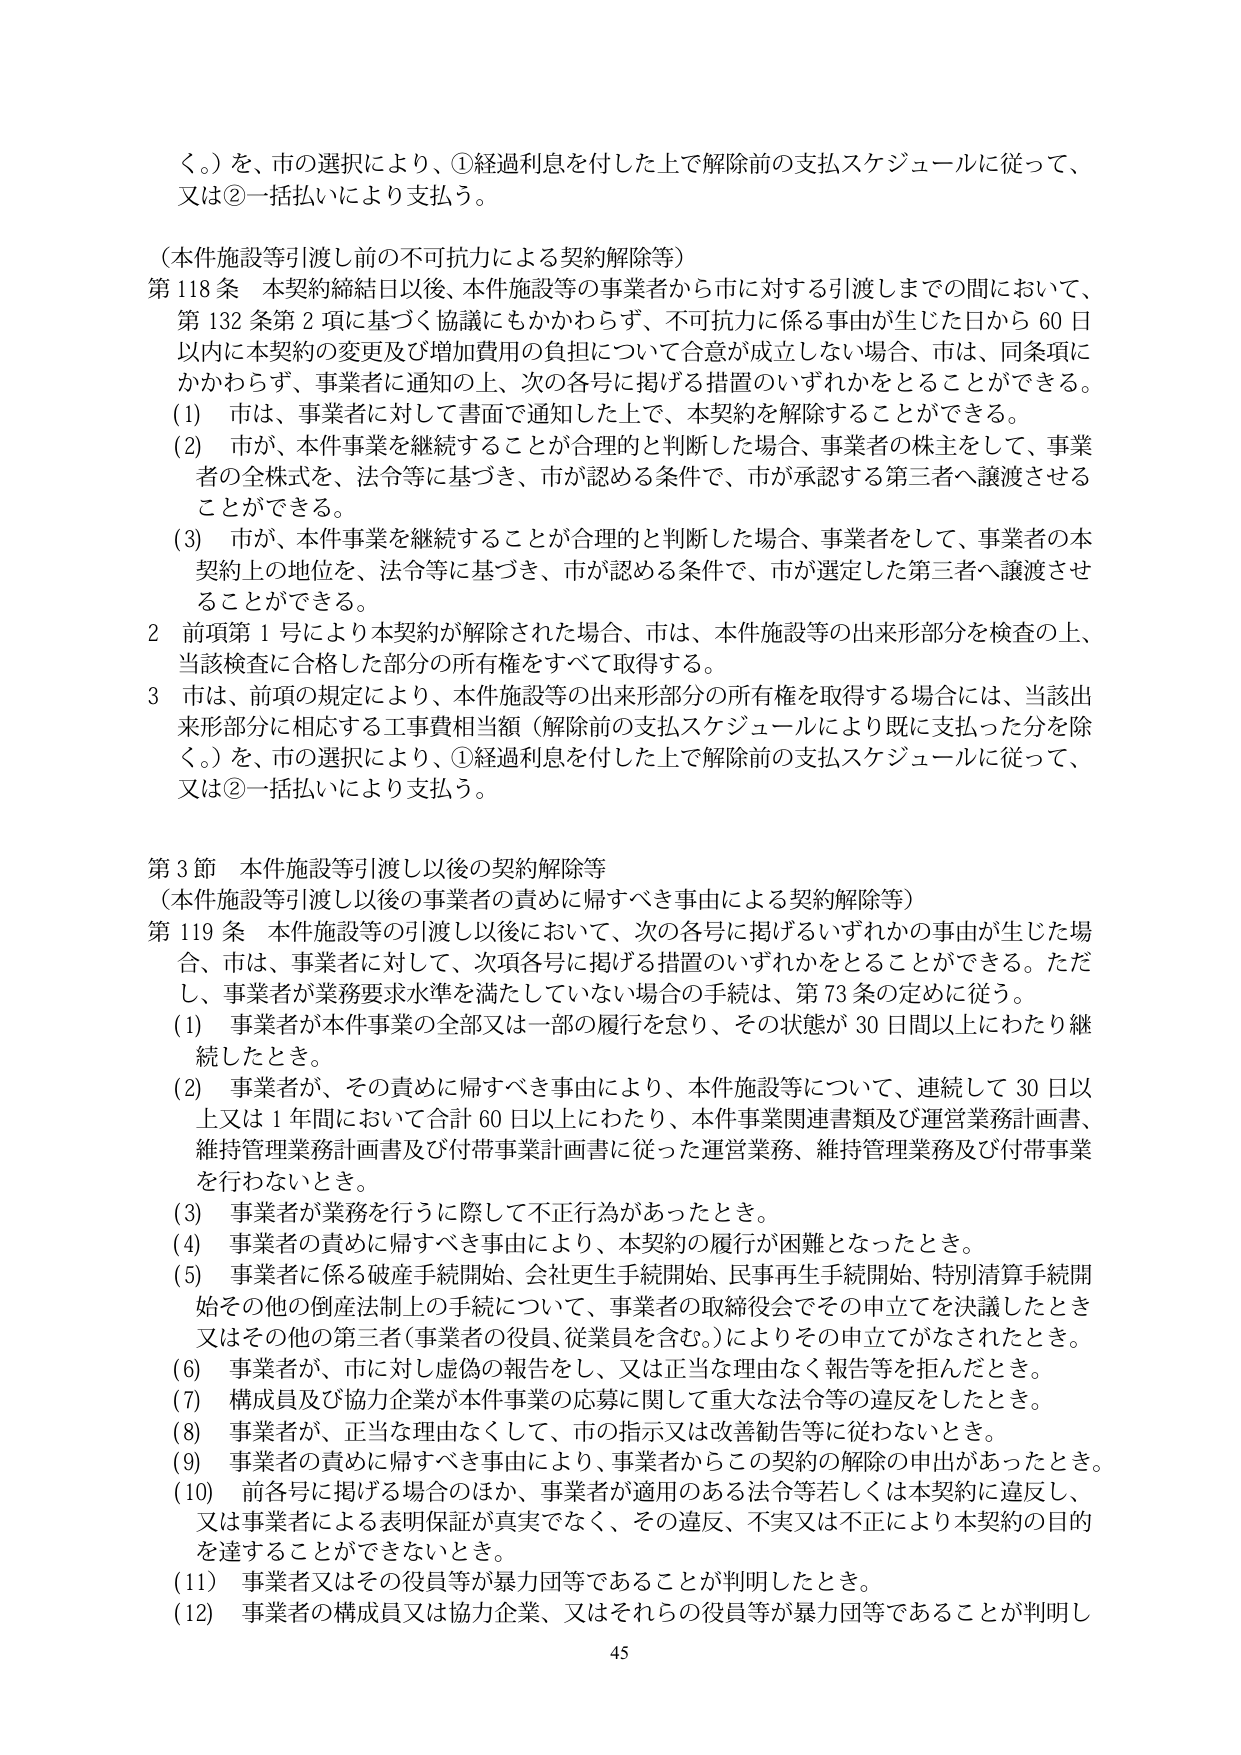
く。）を、市の選択により、①経過利息を付した上で解除前の支払スケジュールに従って、
又は②一括払いにより支払う。

（本件施設等引渡し前の不可抗力による契約解除等）
第118条 本契約締結日以後、本件施設等の事業者から市に対する引渡しまでの間において、
第132条第2項に基づく協議にもかかわらず、不可抗力に係る事由が生じた日から60日
以内に本契約の変更及び増加費用の負担について合意が成立しない場合、市は、同条項に
かかわらず、事業者に通知の上、次の各号に掲げる措置のいずれかをとることができる。
(1) 市は、事業者に対して書面で通知した上で、本契約を解除することができる。
(2) 市が、本件事業を継続することが合理的と判断した場合、事業者の株主として、事業
者の全株式を、法令等に基づき、市が認める条件で、市が承認する第三者へ譲渡させる
ことができる。
(3) 市が、本件事業を継続することが合理的と判断した場合、事業者として、事業者の本
契約上の地位を、法令等に基づき、市が認める条件で、市が選定した第三者へ譲渡させ
ることができる。
2 前項第1号により本契約が解除された場合、市は、本件施設等の出来形部分を検査の上、
当該検査に合格した部分の所有権をすべて取得する。
3 市は、前項の規定により、本件施設等の出来形部分の所有権を取得する場合には、当該出
来形部分に相応する工事費相当額（解除前の支払スケジュールにより既に支払った分を除
く。）を、市の選択により、①経過利息を付した上で解除前の支払スケジュールに従って、
又は②一括払いにより支払う。

第3節 本件施設等引渡し以後の契約解除等
（本件施設等引渡し以後の事業者の責めに帰すべき事由による契約解除等）
第119条 本件施設等の引渡し以後において、次の各号に掲げるいずれかの事由が生じた場
合、市は、事業者に対して、次項各号に掲げる措置のいずれかをとることができる。ただ
し、事業者が業務要求水準を満たしていない場合の手続は、第73条の定めに従う。
(1) 事業者が本件事業の全部又は一部の履行を怠り、その状態が30日間以上にわたり継
続したとき。
(2) 事業者が、その責めに帰すべき事由により、本件施設等について、連続して30日以
上又は1年間において合計60日以上にわたり、本件事業関連書類及び運営業務計画書、
維持管理業務計画書及び付帯事業計画書に従った運営業務、維持管理業務及び付帯事業
を行わないとき。
(3) 事業者が業務を行うに際して不正行為があったとき。
(4) 事業者の責めに帰すべき事由により、本契約の履行が困難となったとき。
(5) 事業者に係る破産手続開始、会社更生手続開始、民事再生手続開始、特別清算手続開
始その他の倒産法制上の手続について、事業者の取締役会でその申立てを決議したとき
又はその他の第三者（事業者の役員、従業員を含む。）によりその申立てがなされたとき。
(6) 事業者が、市に対し虚偽の報告をし、又は正当な理由なく報告等を拒んだとき。
(7) 構成員及び協力企業が本件事業の応募に関して重大な法令等の違反をしたとき。
(8) 事業者が、正当な理由なくして、市の指示又は改善勧告等に従わないとき。
(9) 事業者の責めに帰すべき事由により、事業者からこの契約の解除の申出があったとき。
(10) 前各号に掲げる場合のほか、事業者が適用のある法令等若しくは本契約に違反し、
又は事業者による表明保証が真実でなく、その違反、不実又は不正により本契約の目的
を達することができないとき。
(11) 事業者又はその役員等が暴力団等であることが判明したとき。
(12) 事業者の構成員又は協力企業、又はそれらの役員等が暴力団等であることが判明し

45